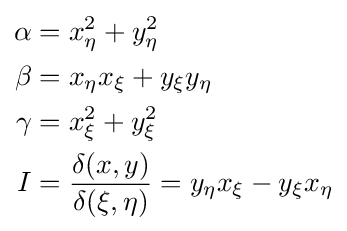
{\begin{aligned}\alpha &=x_{\eta }^{2}+y_{\eta }^{2}\\\beta &=x_{\eta }x_{\xi }+y_{\xi }y_{\eta }\\\gamma &=x_{\xi }^{2}+y_{\xi }^{2}\\I&={\frac {\delta (x,y)}{\delta (\xi ,\eta )}}=y_{\eta }x_{\xi }-y_{\xi }x_{\eta }\end{aligned}}